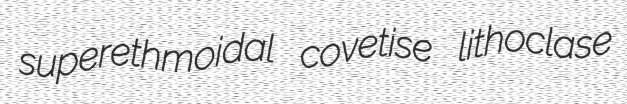
superethmoidal covetise lithoclase